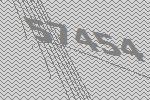
57454